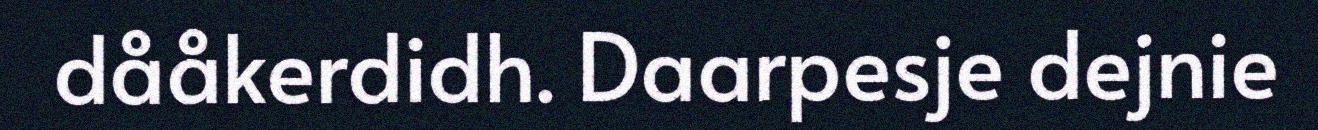
dååkerdidh. Daarpesje dejnie